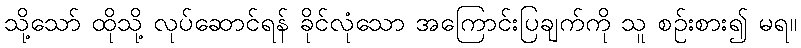
သို့သော် ထိုသို့ လုပ်ဆောင်ရန် ခိုင်လုံသော အကြောင်းပြချက်ကို သူ စဉ်းစား၍ မရ။